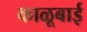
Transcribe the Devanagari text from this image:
काळूबाई